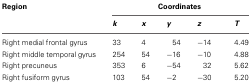
<table><thead><tr><td><b>Region</b></td><td colspan="5"><b>Coordinates</b></td></tr><tr><td></td><td><b><i>k</i></b></td><td><b><i>x</i></b></td><td><b><i>y</i></b></td><td><b><i>z</i></b></td><td><b><i>T</i></b></td></tr></thead><tbody><tr><td>Right medial frontal gyrus</td><td>33</td><td>4</td><td>54</td><td>−14</td><td>4.49</td></tr><tr><td>Right middle temporal gyrus</td><td>254</td><td>54</td><td>−16</td><td>−10</td><td>4.88</td></tr><tr><td>Right precuneus</td><td>353</td><td>6</td><td>−54</td><td>32</td><td>5.62</td></tr><tr><td>Right fusiform gyrus</td><td>103</td><td>54</td><td>−2</td><td>−30</td><td>5.20</td></tr></tbody></table>